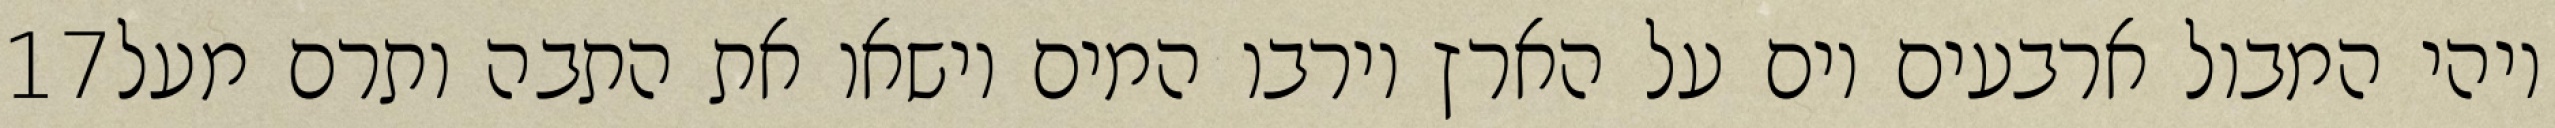
‎17‏ ויהי המבול ארבעים יום על הארץ וירבו המים וישאו את התבה ותרם מעל